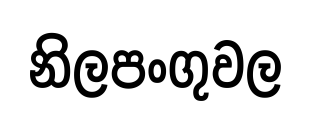
නිලපංගුවල